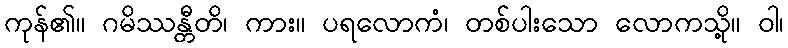
ကုန်၏။ ဂမိဿန္တီတိ၊ ကား။ ပရလောကံ၊ တစ်ပါးသော လောကသို့။ ဝါ၊